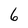
Character: 6